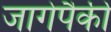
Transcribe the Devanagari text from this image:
जागेपैकी